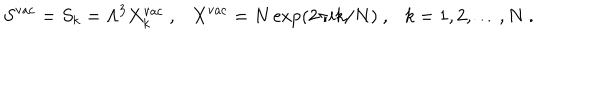
LaTeX: S ^ { \mathrm { v a c } } = S _ { k } = \Lambda ^ { 3 } X _ { k } ^ { \mathrm { v a c } } ~ , X ^ { \mathrm { v a c } } = N \exp ( 2 \pi i k / N ) ~ , k = 1 , 2 , \dots , N ~ .